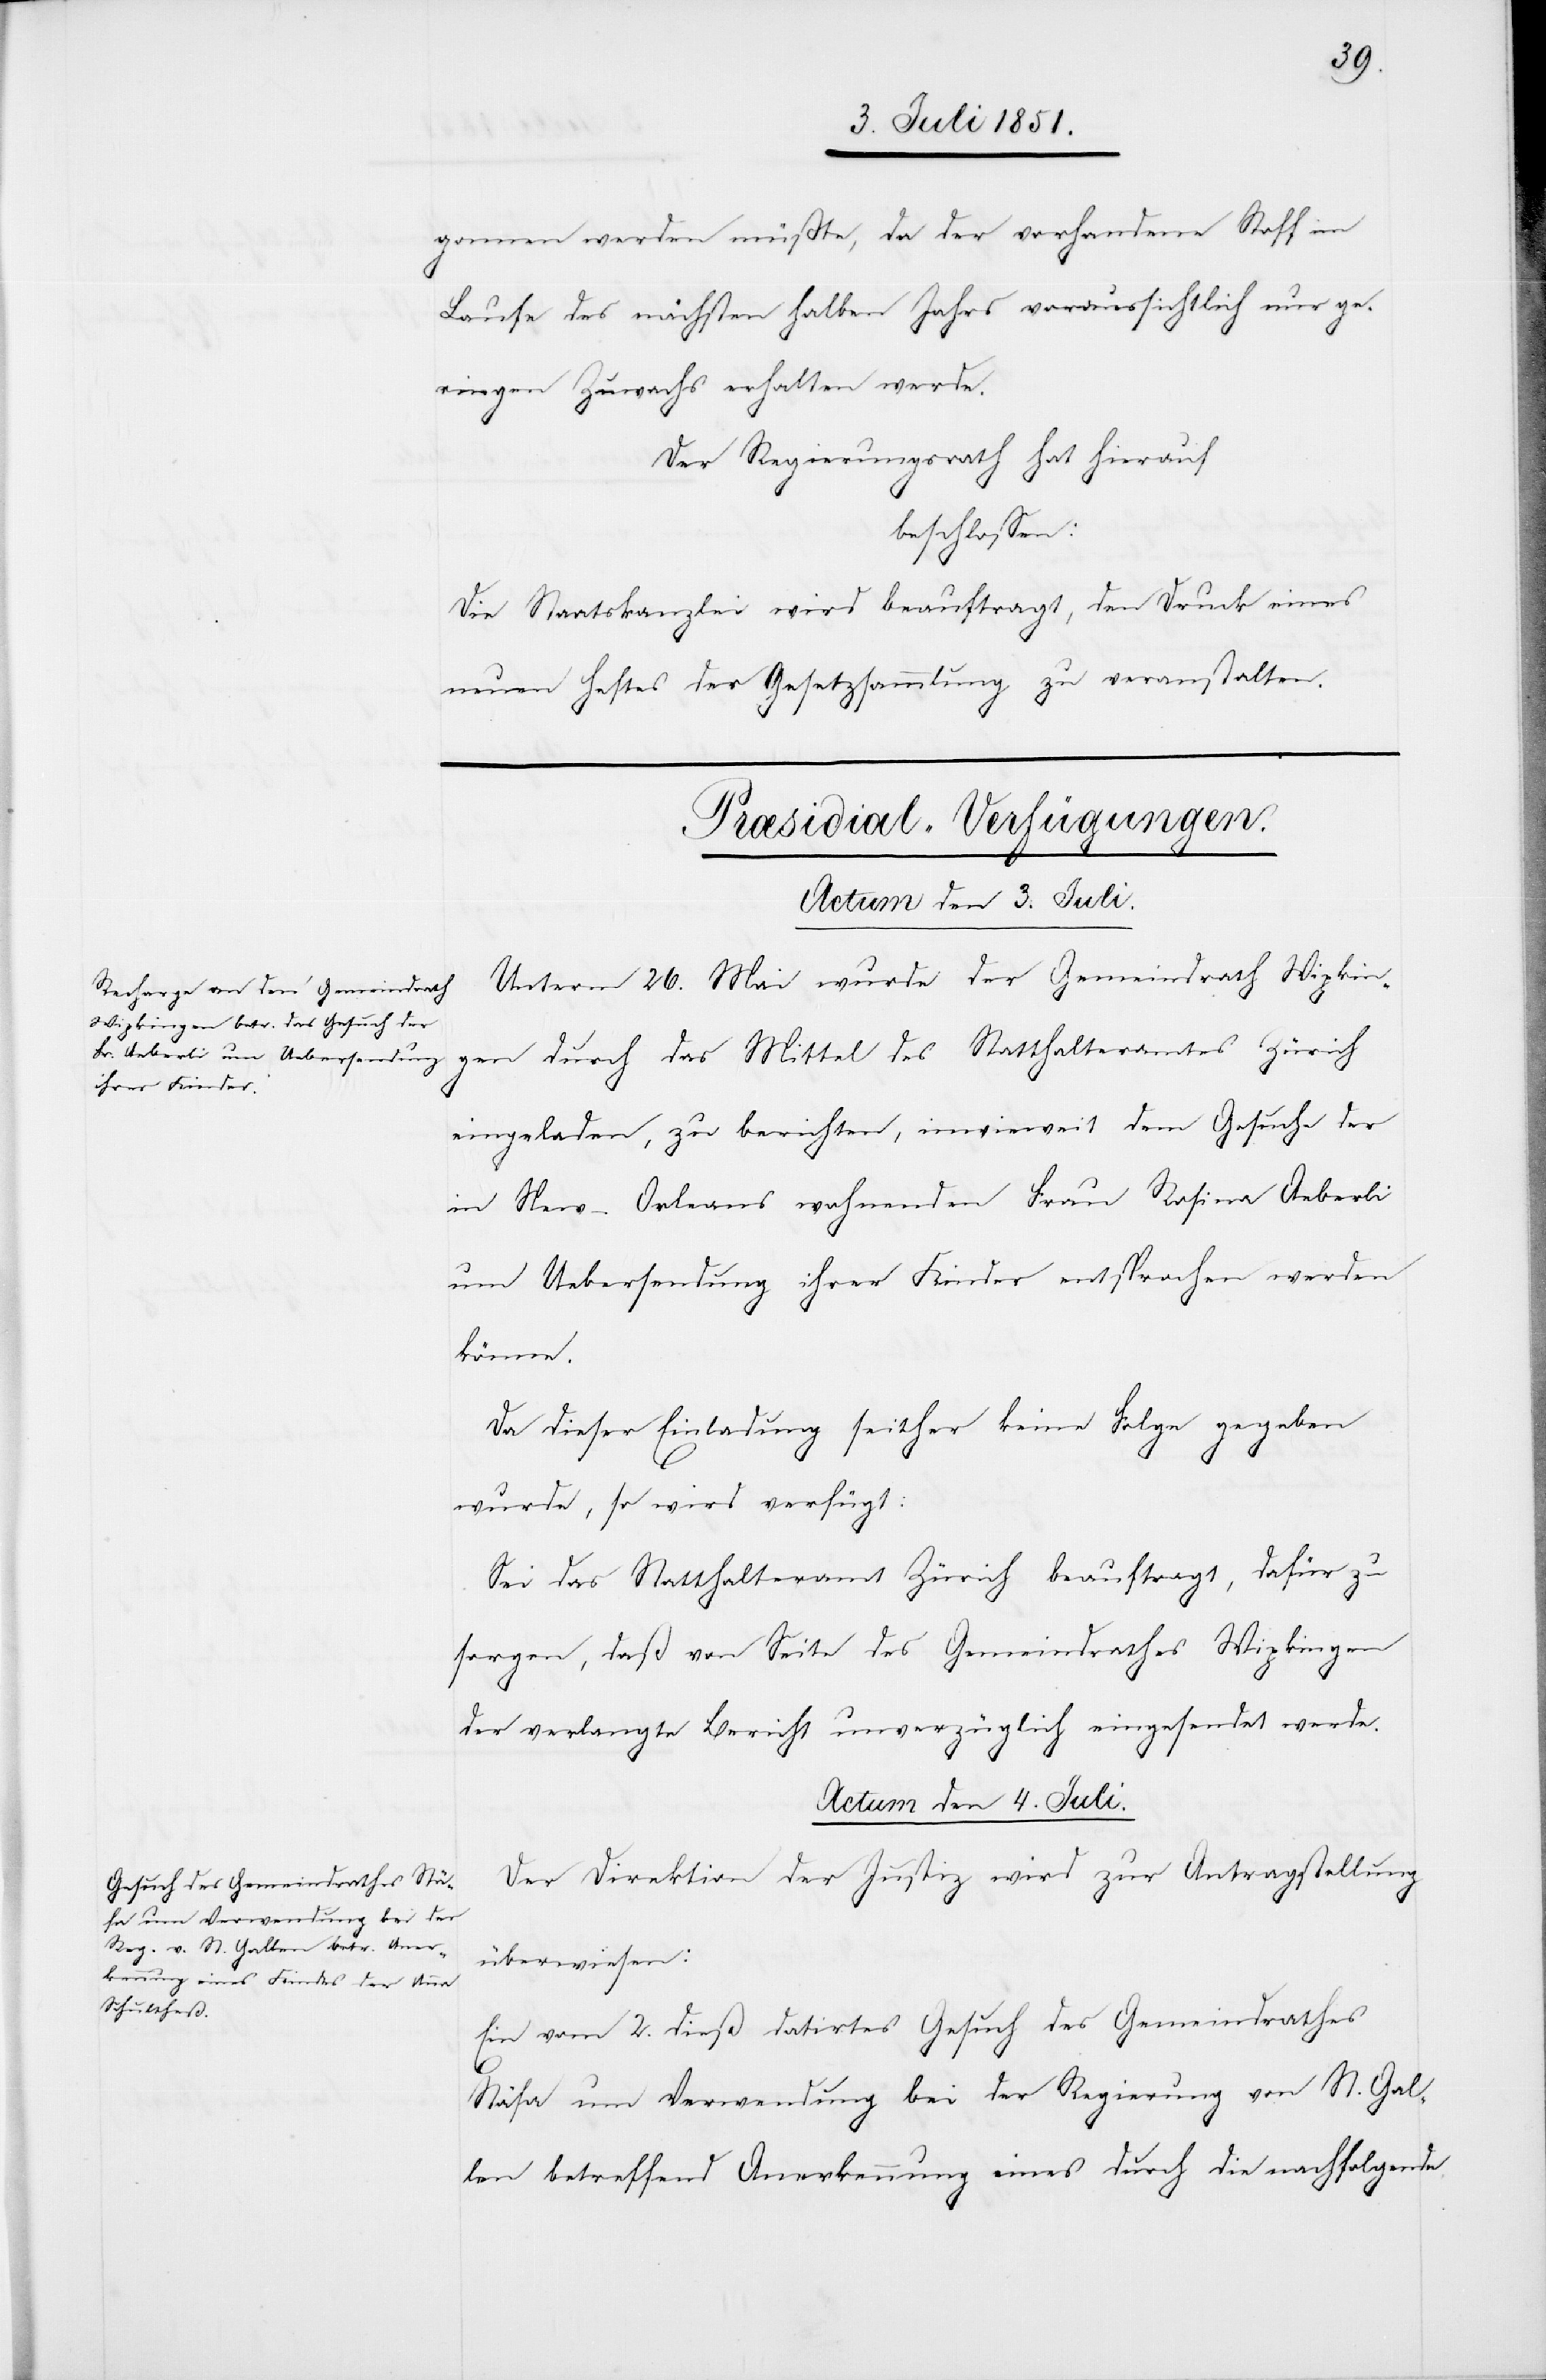
gonnen werden müßte, da der vorhandene Stoff im
Laufe des nächsten halben Jahrs voraussichtlich nur ge¬
ringen Zuwachs erhalten werde.
Der Regierungsrath hat hierauf
beschlossen:
Die Staatskanzlei wird beauftragt, den Druck eines
neuen Heftes der Gesetzsammlung zu veranstalten.
des
[Præsidial-Verfügungen.]
Unterm 26. Mai wurde der Gemeindrath Wipkin¬
eingeladen, zu berichten, inwieweit dem Gesuche der
in New-Orleans wohnenden Frau Rosina Aeberli
um Uebersendung ihrer Kinder entsprochen werden
könne.
Da dieser Einladung seither keine Folge gegeben
wurde, so wird verfügt:
Sei das Statthalteramt Zürich beauftragt, dafür zu
sorgen, daß von Seite des Gemeindrathes Wipkingen
der verlangte Bericht unverzüglich eingesendet werde.
Actum den 4. Juli.
Der Direktion der Justiz wird zur Antragstellung
überwiesen:
Ein vom 2. dieß datirtes Gesuch des Gemeindrathes
Stäfa um Verwendung bei der Regierung von St. Gal¬
len betreffend Anerkennung eines durch die nachfolgende